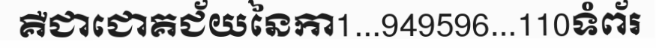
គឺជាជោគជ័យនៃកា1...949596...110ទំព័រ